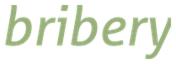
bribery